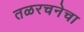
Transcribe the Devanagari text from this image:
तळरचनेचा